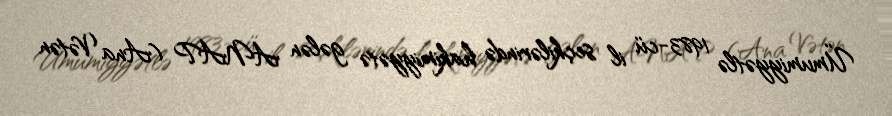
Ümumiyyətlə 1983-cü il seçkilərində hakimiyyətə gələn ANAP (Ana Vətən